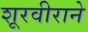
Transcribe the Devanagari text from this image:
शूरवीराने